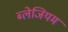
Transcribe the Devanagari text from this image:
ब्लेजियम